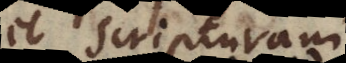
et Scripturam